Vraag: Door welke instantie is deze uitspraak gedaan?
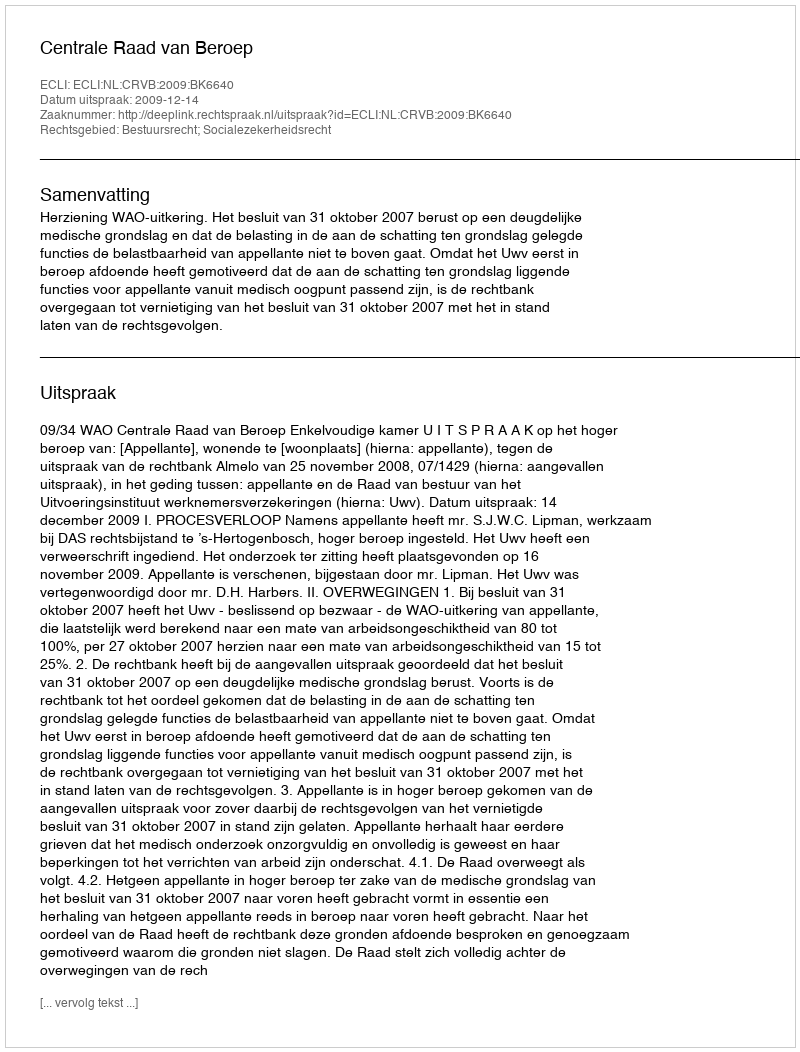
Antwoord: Centrale Raad van Beroep